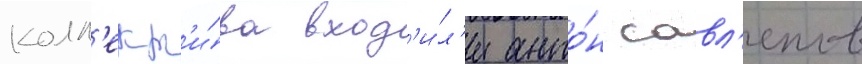
колл'ект'и́ва вход'и́л'и анто́н савл'епов